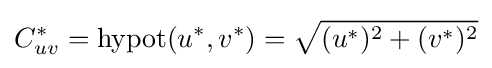
C_{uv}^{*}=\operatorname {hypot} (u^{*},v^{*})={\sqrt {(u^{*})^{2}+(v^{*})^{2}}}